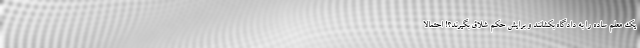
یک معلم ساده را به دادگاه بکشانند و برایش حکم شلاق بگیرند؟! احتمالاً